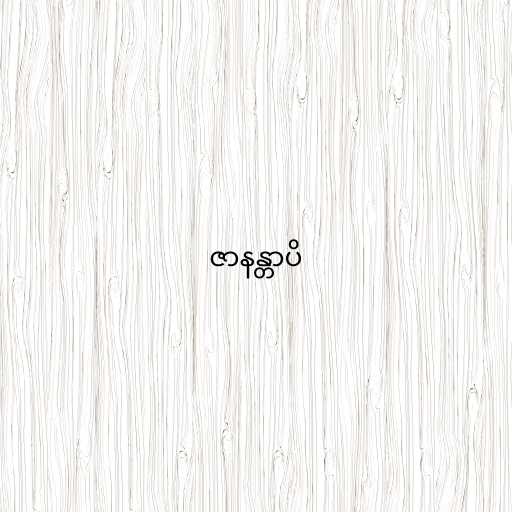
ဇာနန္တာပိ